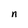
Character: n